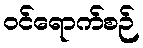
ဝင်ရောက်စဉ်